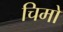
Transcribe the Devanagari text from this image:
चिमो